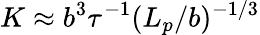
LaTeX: K\approx b^{3}\tau^{-1}(L_{p}/b)^{-1/3}